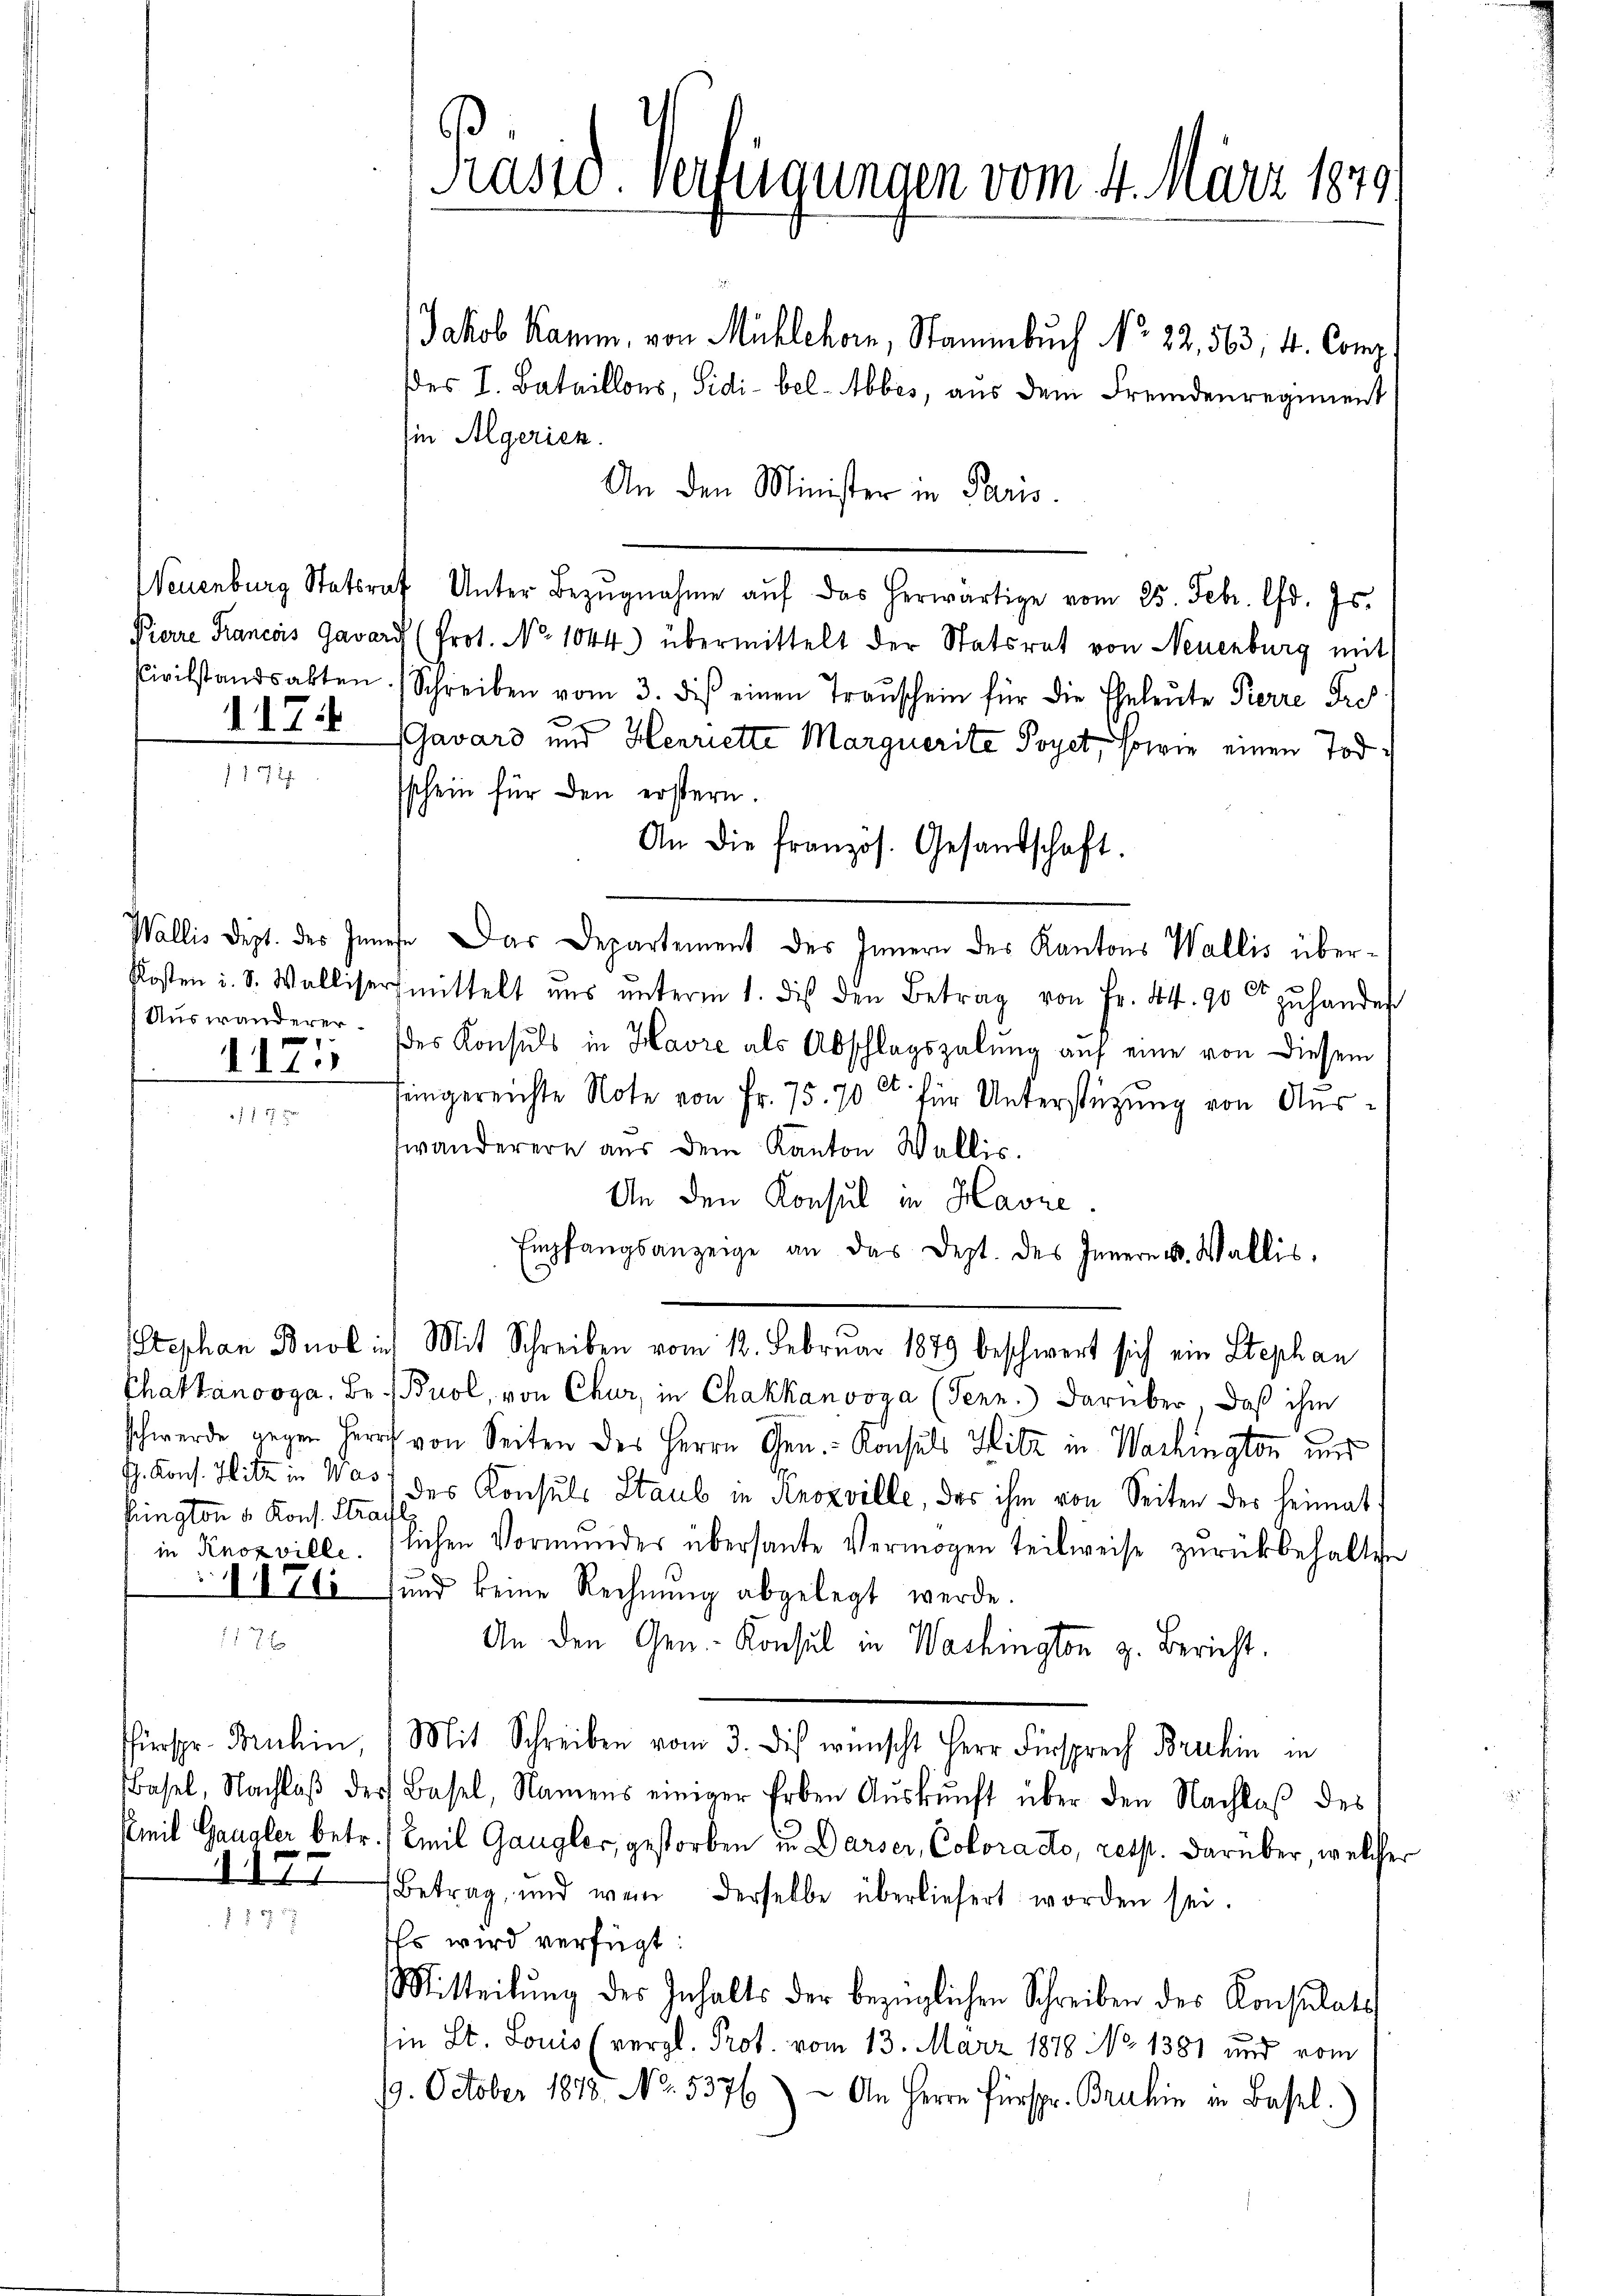
Civilstandsakten
1174

Wallis dept. des Inne
Kosten u. S. Walliser
Auswanderer
117:

Stephan Buol in
Chaktanooga, Be¬
Jh. Kons. Hitz in Was
hington d. Kons. Strain Knozville.
1174

fürspr. Bruhin,
Basel, Nachlaß der
mil Gangler betr.
177

Rass. Verteigungen vom 4. März 1879.

Jakob Kamm, von Mühlehorn, Stammbuch No. 22, 563, 4. Comp.
des I. Bataillons, Sidi-bel-Abbes, aus dem Fremdenregiment
in Algerich.
An den Minister in Paris.
Neuenburg Statsrat Unter Bezŭgnahme aŭf das herwärtige vom 25. Febr. lfd. Js.
Pierre Francois Gavard (Prot. No 1044.) übermittelt der Statsrat von Neuenburg mit
Schreiben vom 3. des einen Trauschein für die Eheleute Pierre Fre
(Gavard und Henriette Marquerite Poyet, sowie einen Todsschein für den erstern.
An die französ. Gesandschaft.
fe. Das Departement des Innern des Kantons Wallis überfmittelt uns ŭnterm 1. des den Betrag von Fr. 44. 90 rt zu handes
des Konsuls in Havre als Abschlagszalŭng auf eine von diesem
feingereichte Note von Fr. 75. 70 et für Unterstüzung von Ausfwanderere aus dem Kanton Wallis.
An den Konsul in Havre.
Empfangsanzeige an das Dept. des Innern u. Wallis.
Mit Schreiben vom 12. Februar 1879 beschwert sich ein Stephan
Buol, von Chur, in Chakkanvoya (Tenn.) Darüber, daß ihm
schwerde gegen Herr von Seiten des Herrn Gen.- Konsuls Hitz in Washington und
des Konsuls Staub in Knozville, das ihm von Seiten der Heimat
lichen Vormunder übersante Vermögen teilweise zurückbehalten
.
und keine Rechnŭng abgelegt werde.
An den Gen. Konsul in Washington z. Bericht.
Mit Schreiben vom 3. dis wünscht Herr Fürsprech Bruhin in
Basel, Namens einiger Erben Auskunft über den Nachlaß des
Emil Gangler, gestorben in Darser, Coloracto, rest. Darüber, welcher
Betrag, und wenn derselbe überliefert worden sei.
Es wird verfügt:
Mitteilŭng des Inhalts der bezüglichen Schreiben des Konsulats
Ein St. Louis (vergl. Prot. vom 13. März 1878 No 1381 und vom
9. October 1878. No. 5376) An Herrn Fürspr. Bruhin in Basel.